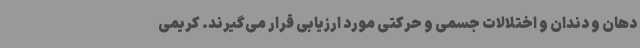
دهان و دندان و اختلالات جسمی و حرکتی مورد ارزیابی قرار می‌گیرند. کریمی